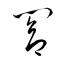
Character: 閤